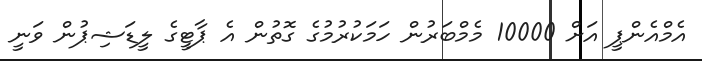
އެމްއެންޕީ އަށް 10000 މެމްބަރުން ހަމަކުރުމުގެ ގޮތުން އެ ޕާޓީގެ ލީޑަޝިޕުން ވަނީ